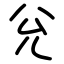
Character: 兊